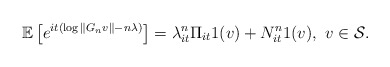
\begin{align*}\mathbb{E} \left[ e^{it (\log \|G_n v\| - n \lambda) } \right]= \lambda_{it}^n \Pi_{it} 1(v) + N^{n}_{it} 1(v), \ v \in \mathcal{S}.\end{align*}